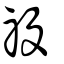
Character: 祋